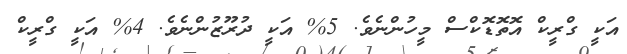
އަކީ ގްރީކް އޮތޮޑޮކްސް މީހުންނެވެ. 5% އަކީ ދުރޫޒުންނެވެ. 4% އަކީ ގްރީކް